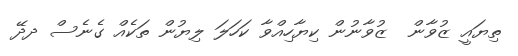
ތިޔައީ ޒުވާން  ޒުވާނުން ކިޔާހިއްވާ ކަހަލަ ލިޔުން ތަކެއް ގެނެސް ދދޭ